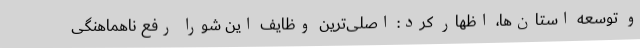
و توسعه استان‌ها، اظهار کرد: اصلی‌ترین وظایف این شورا رفع ناهماهنگی